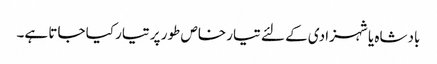
بادشاہ یا شہزادی کے لئے تیار خاص طور پر تیار کیا جاتا ہے۔